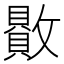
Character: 贁